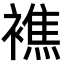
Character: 𧝈